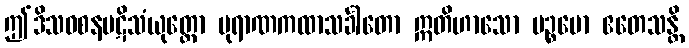
ဤဒိသဝစနပဋိသံယုတ္တော ပုရာဏကထာသင်္ခါတော ဣတိဟာသော ပဉ္စမော ဧတေသန္တိ